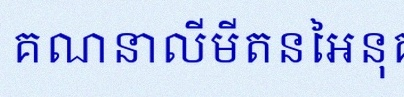
គណនាលីមីតនៃអនុគមន៍ខាងក្រោម